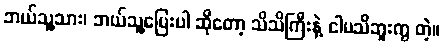
ဘယ်သူ့သား၊ ဘယ်သူ့မြေးပါ ဆိုတော့ သိသိကြီးနဲ့ ငါမသိဘူးကွ တဲ့။